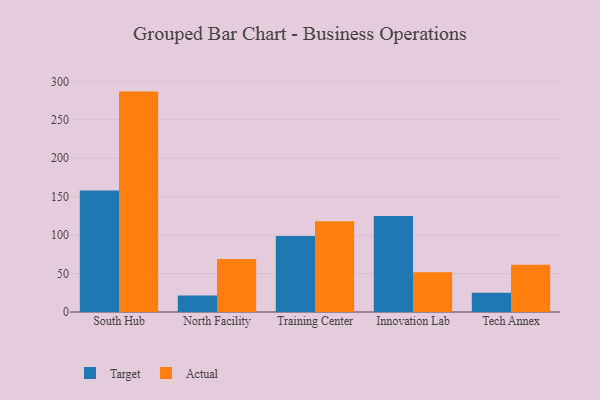
{"axis": {"x": "Campus", "y": "Inventory Turnover"}, "legend": ["Actual", "Target"], "data": [{"x": "South Hub", "y": 158.2, "type": "Target"}, {"x": "South Hub", "y": 286.7, "type": "Actual"}, {"x": "North Facility", "y": 21.5, "type": "Target"}, {"x": "North Facility", "y": 69.0, "type": "Actual"}, {"x": "Training Center", "y": 98.8, "type": "Target"}, {"x": "Training Center", "y": 118.1, "type": "Actual"}, {"x": "Innovation Lab", "y": 124.8, "type": "Target"}, {"x": "Innovation Lab", "y": 51.7, "type": "Actual"}, {"x": "Tech Annex", "y": 25.2, "type": "Target"}, {"x": "Tech Annex", "y": 61.4, "type": "Actual"}]}